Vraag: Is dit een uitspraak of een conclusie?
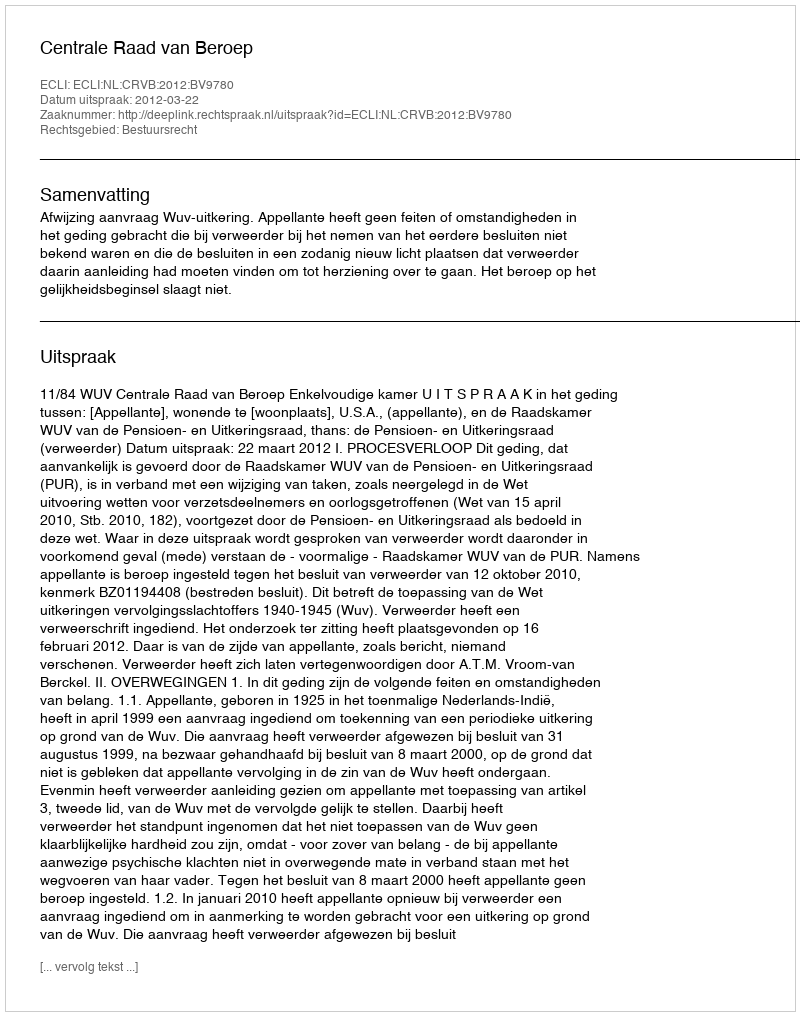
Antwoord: Uitspraak